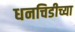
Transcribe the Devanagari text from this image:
धनचिडीच्या